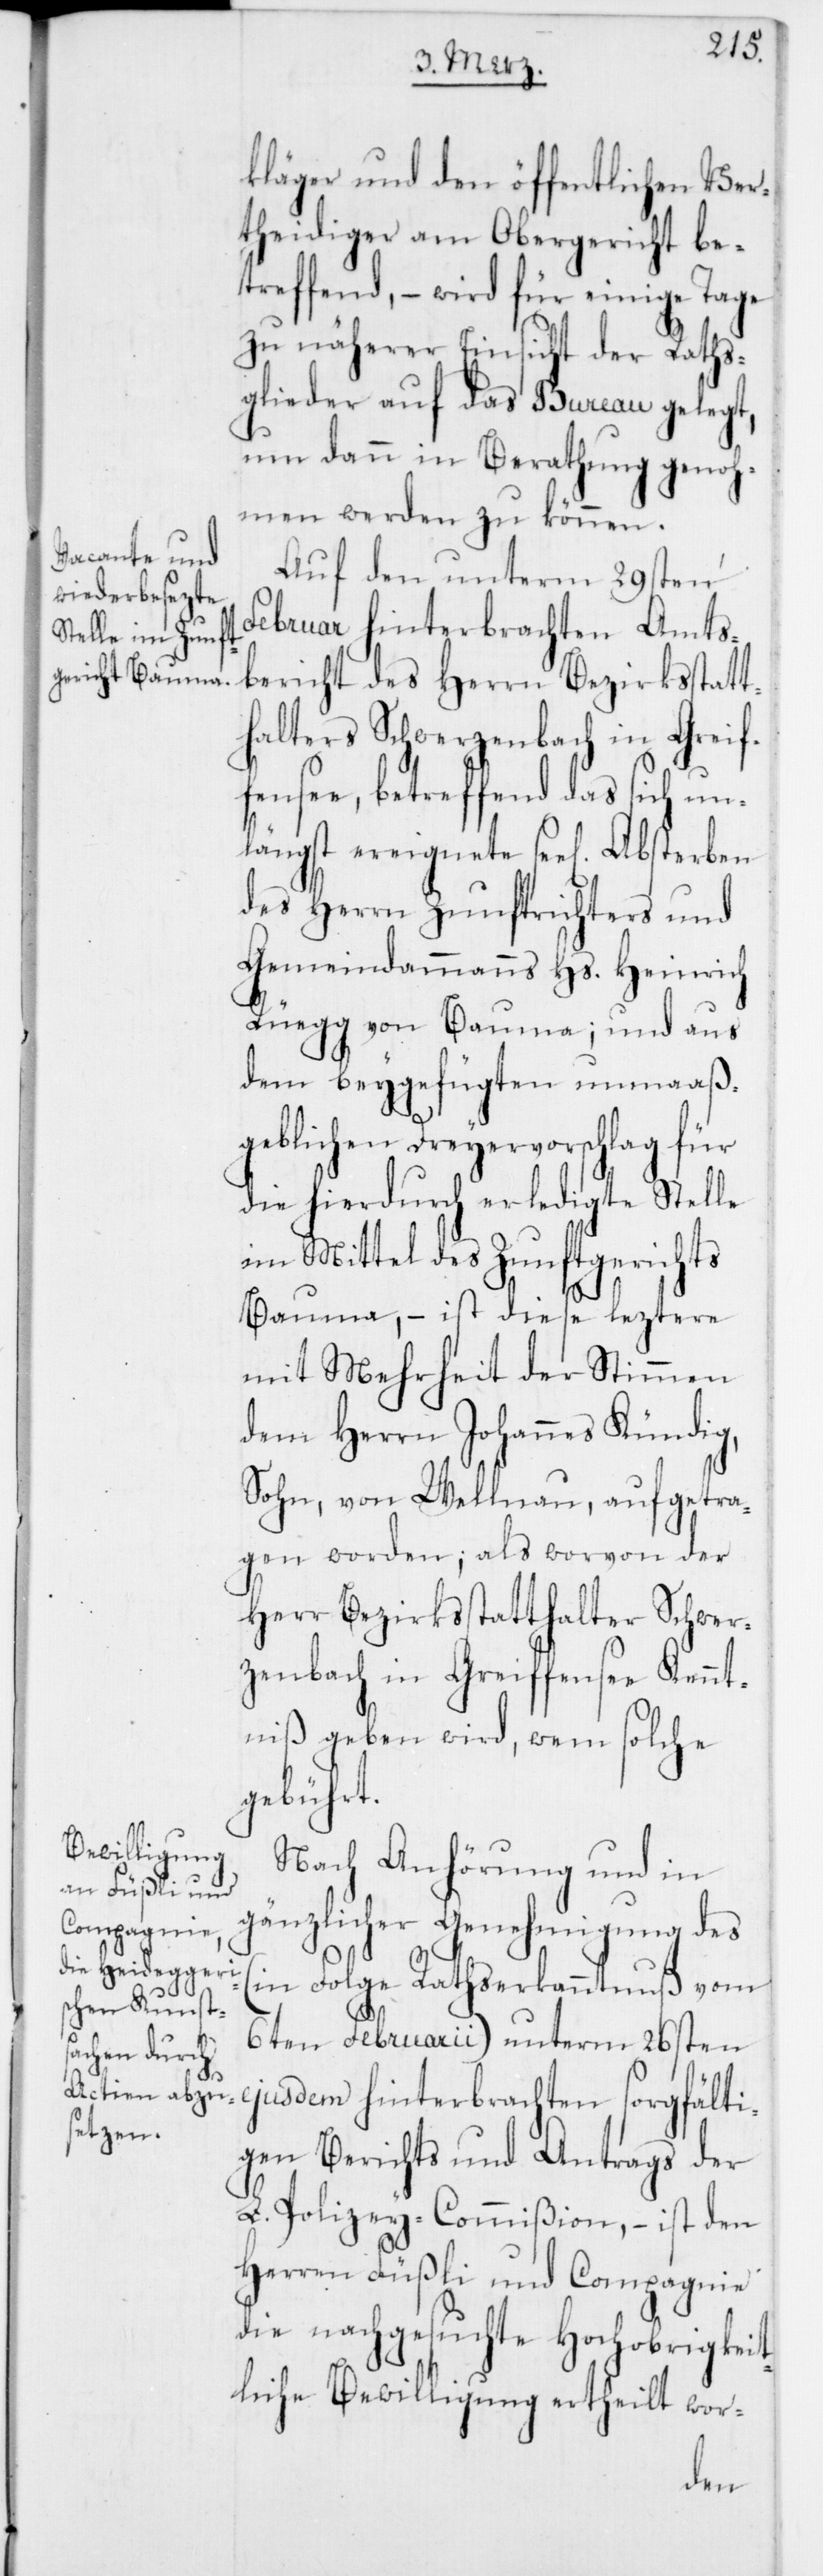
kläger und den öffentlichen Ver¬
teidiger am Obergericht be¬
treffend, – wird für einige Tage
zu näherer Einsicht der Raths¬
glieder auf das Bureau gelegt,
um dann in Berathung genoh¬
men werden zu können.
Auf den unterm 29sten
Februar hinterbrachten Amts¬
bericht des Herrn Bezirksstatt¬
halter Schwerzenbach in Greif¬
fensee, betreffend das sich un¬
längst ereignete seel. Absterben
des Herrn Zunftrichters und
Gemeindammanns Hs. Heinrich
Rüegg von Bauma; und aus
dem beygefügten unmaaß¬
geblichen Dreyervorschlag für
die hierdurch erledigte Stelle
im Mittel des Zunftgerichts
Bauma, – ist diese leztere
mit Mehrheit der Stimmen
dem Herrn Johannes Kündig,
Sohn, von Wellnau, aufgetra¬
gen worden; als worvon der
Herr Bezirksstatthalter Schwer¬
zenbach in Greiffensee Kennt¬
niß geben wird, wem solche
gebührt.
Nach Anhörung und in
gänzlicher Genehmigung des
(in Folge Rathserkanntnuß vom
6ten Februarii) unterm 26sten
ejusdem hinterbrachten sorgfälti¬
gen Berichts und Antrags der
L. Polizey-Commißion, – ist den
Herren Füßli und Compagnie
die nachgesuchte Hochobrigkeit¬
liche Bewilligung ertheilt wor-